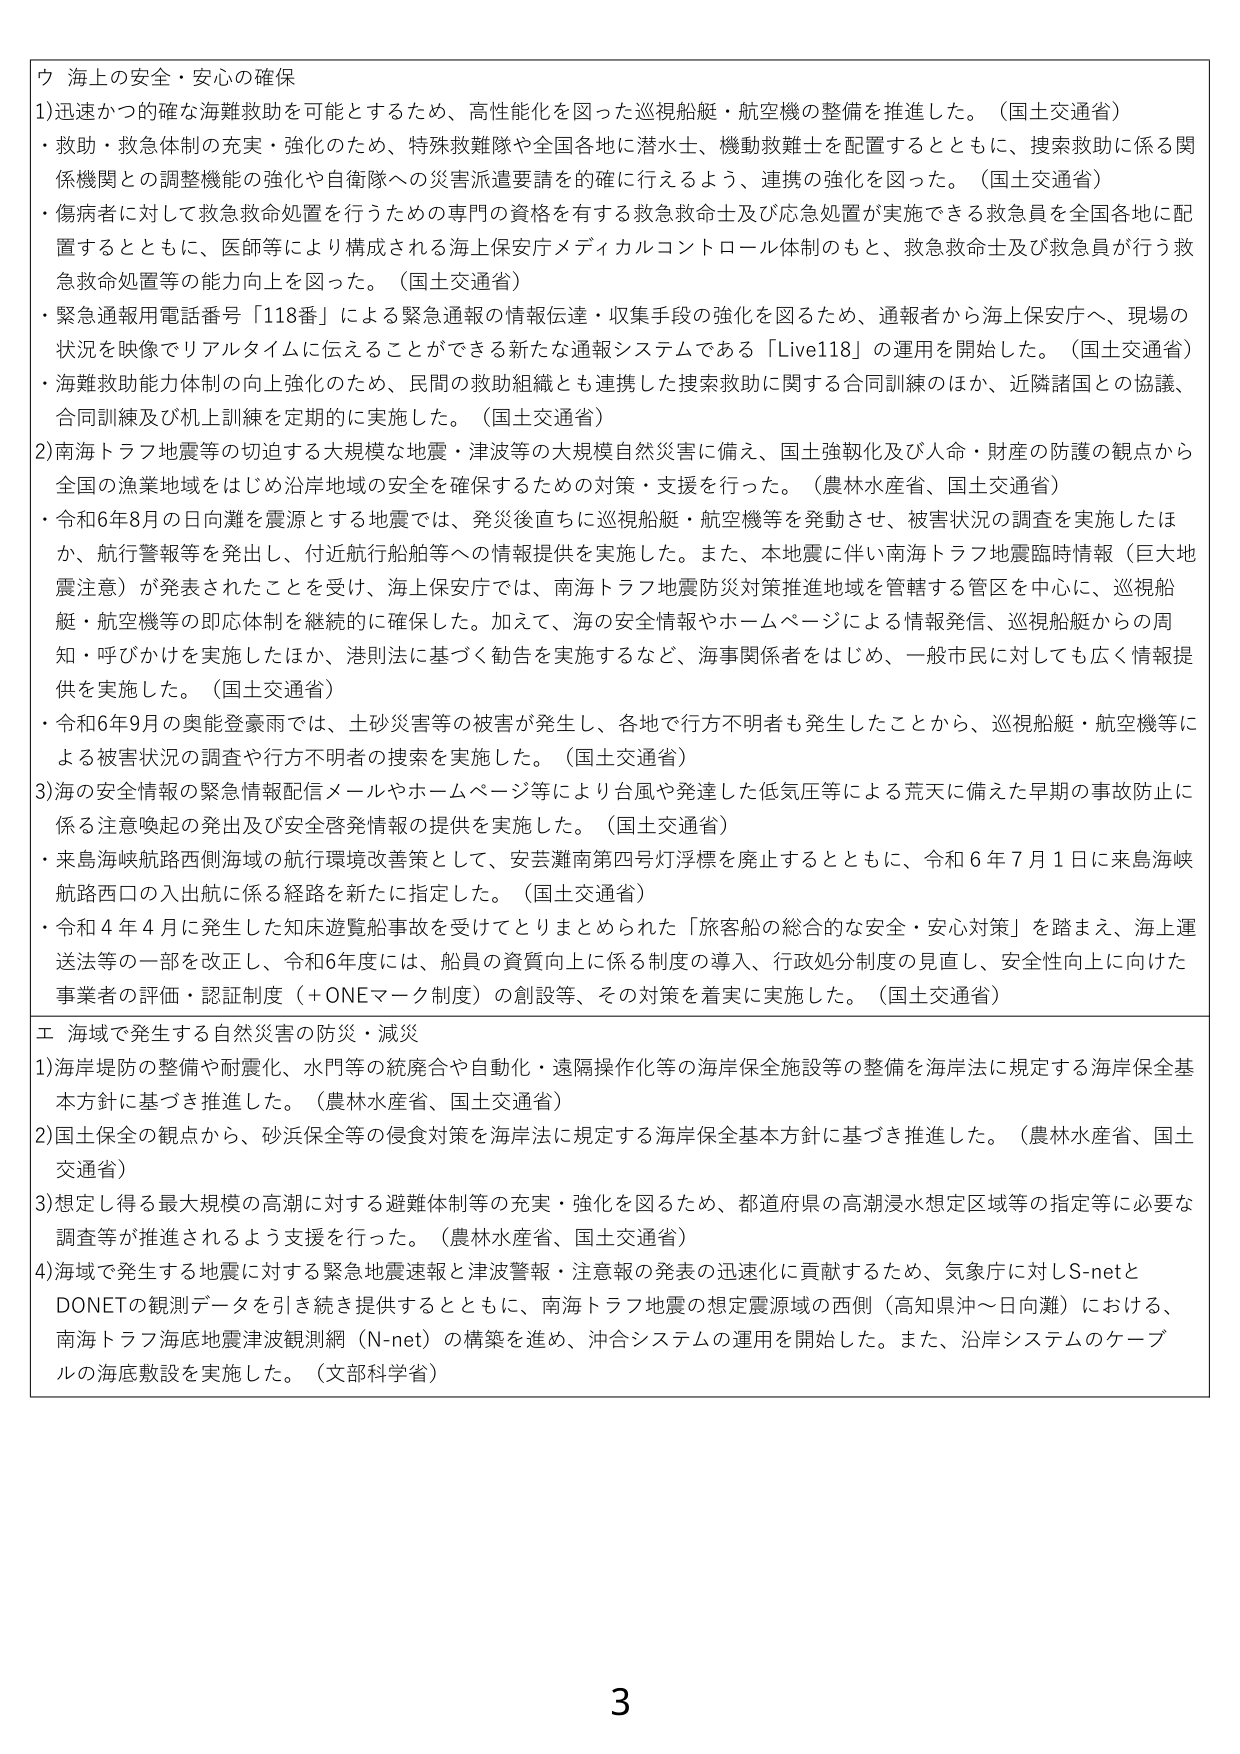
ウ 海上の安全・安心の確保
1)迅速かつ的確な海難救助を可能とするため、高性能化を図った巡視船艇・航空機の整備を推進した。（国土交通省）
・救助・救急体制の充実・強化のため、特殊救難隊や全国各地に潜水士、機動救難士を配置するとともに、捜索救助に係る関係機関との調整機能の強化や自衛隊への災害派遣要請を的確に行えるよう、連携の強化を図った。（国土交通省）
・傷病者に対して救急救命処置を行うための専門の資格を有する救急救命士及び応急処置が実施できる救急員を全国各地に配置するとともに、医師等により構成される海上保安庁メディカルコントロール体制のもと、救急救命士及び救急員が行う救急救命処置等の能力向上を図った。（国土交通省）
・緊急通報用電話番号「118番」による緊急通報の情報伝達・収集手段の強化を図るため、通報者から海上保安庁へ、現場の状況を映像でリアルタイムに伝えることができる新たな通報システムである「Live118」の運用を開始した。（国土交通省）
・海難救助能力体制の向上強化のため、民間の救助組織とも連携した捜索救助に関する合同訓練のほか、近隣諸国との協議、合同訓練及び机上訓練を定期的に実施した。（国土交通省）
2)南海トラフ地震等の切迫する大規模な地震・津波等の大規模自然災害に備え、国土強靭化及び人命・財産の防護の観点から全国の漁業地域をはじめ沿岸地域の安全を確保するための対策・支援を行った。（農林水産省、国土交通省）
・令和6年8月の日向灘を震源とする地震では、発災後直ちに巡視船艇・航空機等を発動させ、被害状況の調査を実施したほか、航行警報等を発出し、付近航行船舶等への情報提供を実施した。また、本地震に伴い南海トラフ地震臨時情報（巨大地震注意）が発表されたことを受け、海上保安庁では、南海トラフ地震防災対策推進地域を管轄する管区を中心に、巡視船艇・航空機等の即応体制を継続的に確保した。加えて、海の安全情報やホームページによる情報発信、巡視船艇からの周知・呼びかけを実施したほか、港則法に基づく勧告を実施するなど、海事関係者をはじめ、一般市民に対しても広く情報提供を実施した。（国土交通省）
・令和6年9月の奥能登豪雨では、土砂災害等の被害が発生し、各地で行方不明者も発生したことから、巡視船艇・航空機等による被害状況の調査や行方不明者の捜索を実施した。（国土交通省）
3)海の安全情報の緊急情報配信メールやホームページ等により台風や発達した低気圧等による荒天に備えた早期の事故防止に係る注意喚起の発出及び安全啓発情報の提供を実施した。（国土交通省）
・来島海峡航路西側海域の航行環境改善策として、安芸灘南第四号灯浮標を廃止するとともに、令和6年7月1日に来島海峡航路西口の入出航に係る経路を新たに指定した。（国土交通省）
・令和4年4月に発生した知床遊覧船事故を受けてとりまとめられた「旅客船の総合的な安全・安心対策」を踏まえ、海上運送法等の一部を改正し、令和6年度には、船員の資質向上に係る制度の導入、行政処分制度の見直し、安全性向上に向けた事業者の評価・認証制度（＋ONEマーク制度）の創設等、その対策を着実に実施した。（国土交通省）
エ 海域で発生する自然災害の防災・減災
1)海岸堤防の整備や耐震化、水門等の統廃合や自動化・遠隔操作化等の海岸保全施設等の整備を海岸法に規定する海岸保全基本方針に基づき推進した。（農林水産省、国土交通省）
2)国土保全の観点から、砂浜保全等の侵食対策を海岸法に規定する海岸保全基本方針に基づき推進した。（農林水産省、国土交通省）
3)想定し得る最大規模の高潮に対する避難体制等の充実・強化を図るため、都道府県の高潮浸水想定区域等の指定等に必要な調査等が推進されるよう支援を行った。（農林水産省、国土交通省）
4)海域で発生する地震に対する緊急地震速報と津波警報・注意報の発表の迅速化に貢献するため、気象庁に対しS-netとDONETの観測データを引き続き提供するとともに、南海トラフ地震の想定震源域の西側（高知県沖～日向灘）における、南海トラフ海底地震津波観測網（N-net）の構築を進め、沖合システムの運用を開始した。また、沿岸システムのケーブルの海底敷設を実施した。（文部科学省）
3